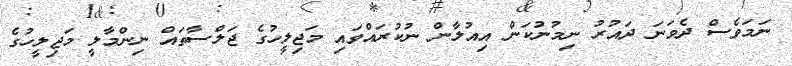
ނަމަވެސް ދެވަނަ ދައުރު ނިމުނުކަން އިއުލާން ނުކުރައްވައި މަޖިލީހުގެ ޖަލްސާތައް ނިންމާލީ މަޖިލީހުގެ